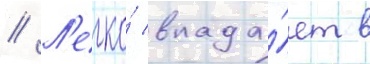
// Л'егко́ впада́ет в